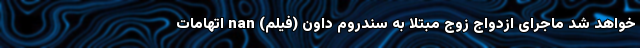
خواهد شد ماجرای ازدواج زوج مبتلا به سندروم داون (فیلم) nan اتهامات